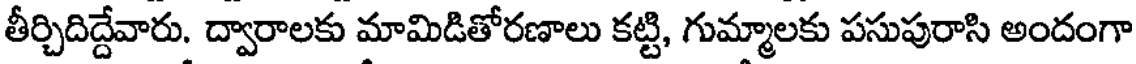
తీర్చిదిద్దేవారు. ద్వారాలకు మామిడితోరణాలు కట్టి, గుమ్మాలకు పసుపురాసి అందంగా